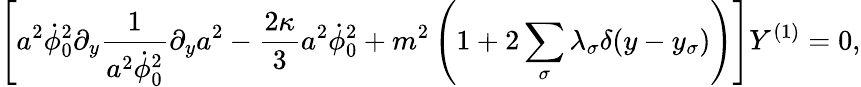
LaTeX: \left[a^{2}\dot{\phi}_{0}^{2}\partial_{y}\frac{1}{a^{2}\dot{\phi}_{0}^{2}}\partial_{y}a^{2}-\frac{2\kappa}{3}a^{2}\dot{\phi}_{0}^{2}+m^{2}\left(1+2\sum_{\sigma}\lambda_{\sigma}\delta(y-y_{\sigma})\right)\right]Y^{(1)}=0,